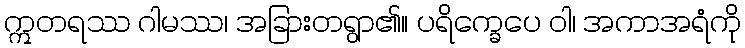
ဣတရဿ ဂါမဿ၊ အခြားတရွာ၏။ ပရိက္ခေပေ ဝါ၊ အကာအရံကို